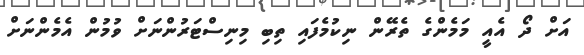
އަށް ދޯ އެއީ މަމެންގެ ތެރޭން ނިކުމެފައި ތިބި މިނިސްޓަރުންނަށް ވުމުން އެމެންނަށް